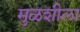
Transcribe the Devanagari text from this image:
मुळशीला